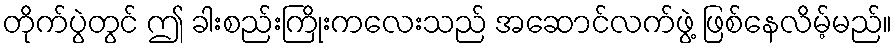
တိုက်ပွဲတွင် ဤ ခါးစည်းကြိုးကလေးသည် အဆောင်လက်ဖွဲ့ ဖြစ်နေလိမ့်မည်။